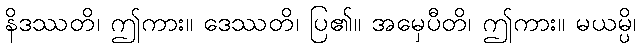
နိဒဿတိ၊ ဤကား။ ဒေဿတိ၊ ပြ၏။ အမှေပီတိ၊ ဤကား။ မယမ္ပိ၊